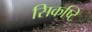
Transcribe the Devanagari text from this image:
सिकष्टि